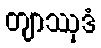
တျာဿုဒံ